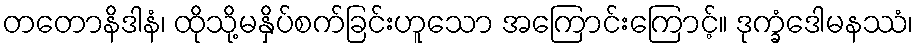
တတောနိဒါနံ၊ ထိုသို့မနှိပ်စက်ခြင်းဟူသော အကြောင်းကြောင့်။ ဒုက္ခံဒေါမနဿံ၊